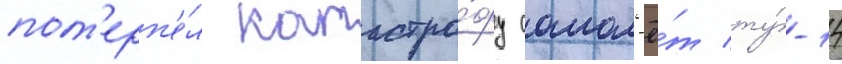
пот'ерп'е́л катастро́фу самол'ё́т ту́-14